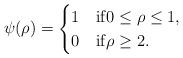
LaTeX: \begin{align*}\psi(\rho) =\begin{cases}1 & \mathrm{if} 0 \leq \rho \leq 1,\\0 & \mathrm{if} \rho \geq 2.\end{cases}\end{align*}